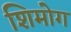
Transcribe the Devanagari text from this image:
शिमोग